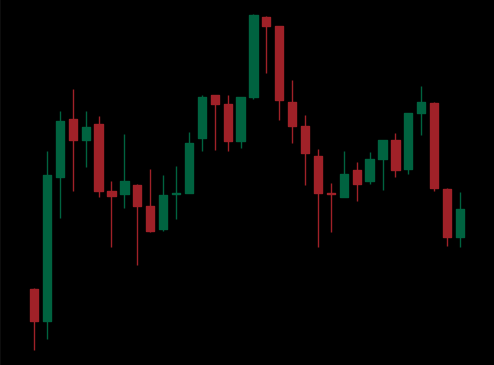
Pattern: head_shoulders